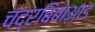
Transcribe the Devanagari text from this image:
चंद्रबिंबाआड